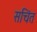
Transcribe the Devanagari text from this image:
सचिंत